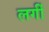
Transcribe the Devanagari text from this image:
लगीँ